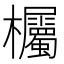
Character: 欘